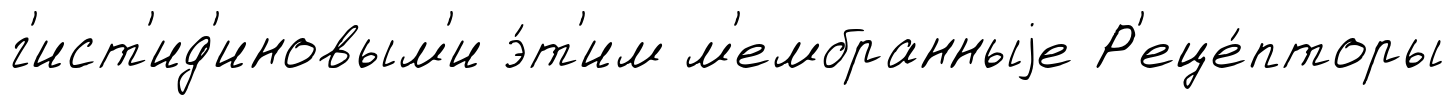
г'ист'ид'иновым'и э́т'им м'ембранныjе Р'еце́пторы